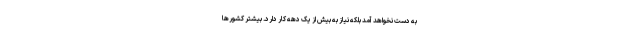
به دست نخواهد آمد بلکه نیاز به بیش از یک دهه کار دارد. بیشتر کشورها